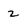
Character: z